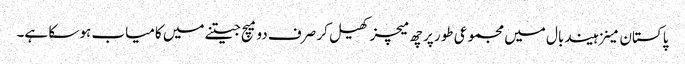
پاکستان مینزہیند بال میں مجموعی طور پر چھ میچز کھیل کر صرف دو میچ جیتنے میں کامیاب ہو سکا ہے۔